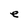
Character: e